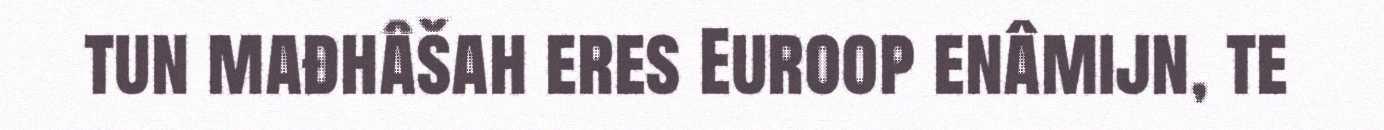
tun mađhâšah eres Euroop enâmijn, te